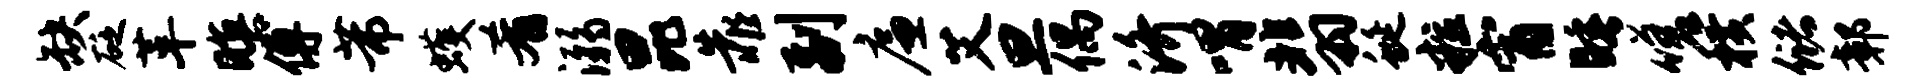
缺砭革暝傅芾蠖肴溺昆靠副廉艾旦偶济喟翡蜒粒宵睡嗟横储鄣